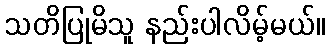
သတိပြုမိသူ နည်းပါလိမ့်မယ်။